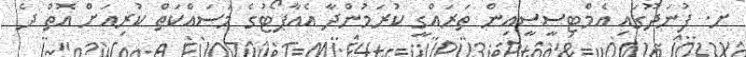
ށ. ފުނަދޫގައި އެމްޓިސީސީއިން ތަރައްގީ ކުރަމުންދާ އެއާޕޯޓުގެ މަސައްކަތް ކުރިއަށް އޮތް ދެ